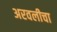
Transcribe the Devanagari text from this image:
अरवलीचा